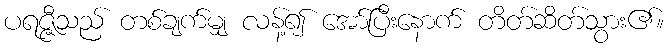
ပရဇ္ဇီသည် တစ်ချက်မျှ လန့်၍ အော်ပြီးနောက် တိတ်ဆိတ်သွား၏။